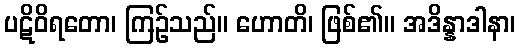
ပဋိဝိရတော၊ ကြဉ်သည်။ ဟောတိ၊ ဖြစ်၏။ အဒိန္နာဒါနာ၊